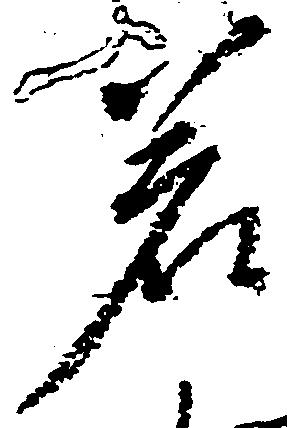
若